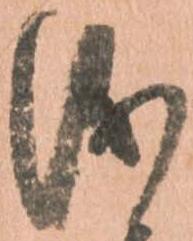
儀